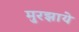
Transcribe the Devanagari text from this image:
मुरझाये